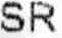
SR